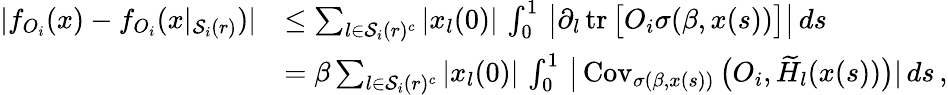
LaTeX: \begin{array}{rl}{|f_{O_{i}}(x)-f_{O_{i}}(x|_{\mathcal{S}_{i}(r)})|}&{\le\sum_{l\in\mathcal{S}_{i}(r)^{c}}|x_{l}(0)|\, \int_{0}^{1}\, \big|\partial_{l}\operatorname{tr}\big[O_{i}\sigma(\beta,x(s))\big]\big|\, ds}\\ &{=\beta\sum_{l\in\mathcal{S}_{i}(r)^{c}}|x_{l}(0)|\, \int_{0}^{1}\, \big|\operatorname{Cov}_{\sigma(\beta,x(s))}\big(O_{i},\widetilde{H}_{l}(x(s))\big)|\, ds\, ,}\end{array}